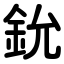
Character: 鈗